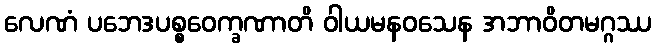
လေဏံ ပဘေဒပစ္စဝေက္ခဏာတိ ဝါယမနဝသေန အဘာဝိတမဂ္ဂဿ